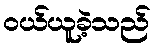
ဝယ်ယူခဲ့သည်